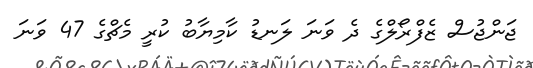
ޖަންޖުސް ޒެފްރޯލްގެ ދެ ވަނަ ލަނޑު ކާމިޔާބު ކުރީ މެޗްގެ 47 ވަނަ